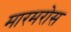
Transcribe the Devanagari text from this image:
मारमरोस